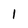
Character: 1